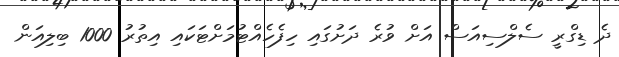
ދެ ޑިގްރީ ސެލްސިއަސް އަށް ވުރެ ދަށުގައި ހިފެހެއްޓުމަށްޓަކައި އިތުރު 1000 ބިލިއަން